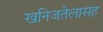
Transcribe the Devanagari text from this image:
खनिजतेलासह